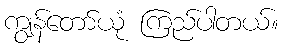
ကျွန်တော်ယုံ ကြည်ပါတယ်။